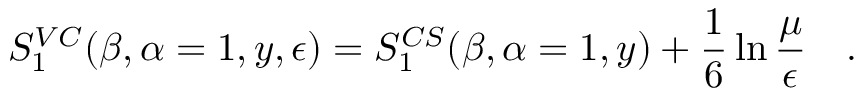
S _ { 1 } ^ { V C } ( \beta , \alpha = 1 , y , \epsilon ) = S _ { 1 } ^ { C S } ( \beta , \alpha = 1 , y ) + \frac 1 6 \ln { \frac { \mu } { \epsilon } } ~ ~ ~ .